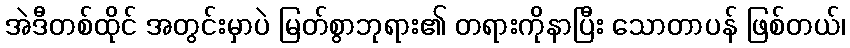
အဲဒီတစ်ထိုင် အတွင်းမှာပဲ မြတ်စွာဘုရား၏ တရားကိုနာပြီး သောတာပန် ဖြစ်တယ်၊